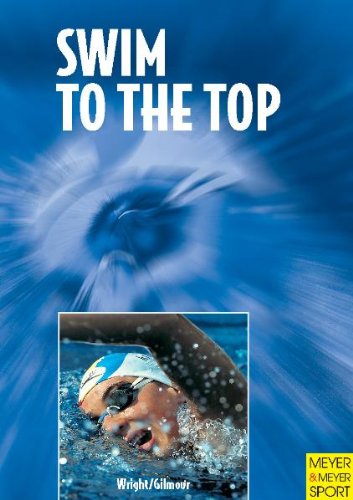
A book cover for Swim to the Top: Arthur Lydiard Takes to the Water; David Wright; Health, Fitness & Dieting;